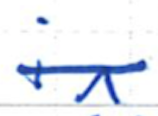
Text: in
Cross-out: single-line
Writing tool: ballpoint